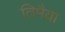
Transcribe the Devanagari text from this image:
तिमैया